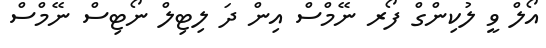
އޯލް ވީ ލުކިންގް ފޯރ ނޭމްސް އިން ދަ ލިޓިލް ނޯޓިސް ނޭމްސް